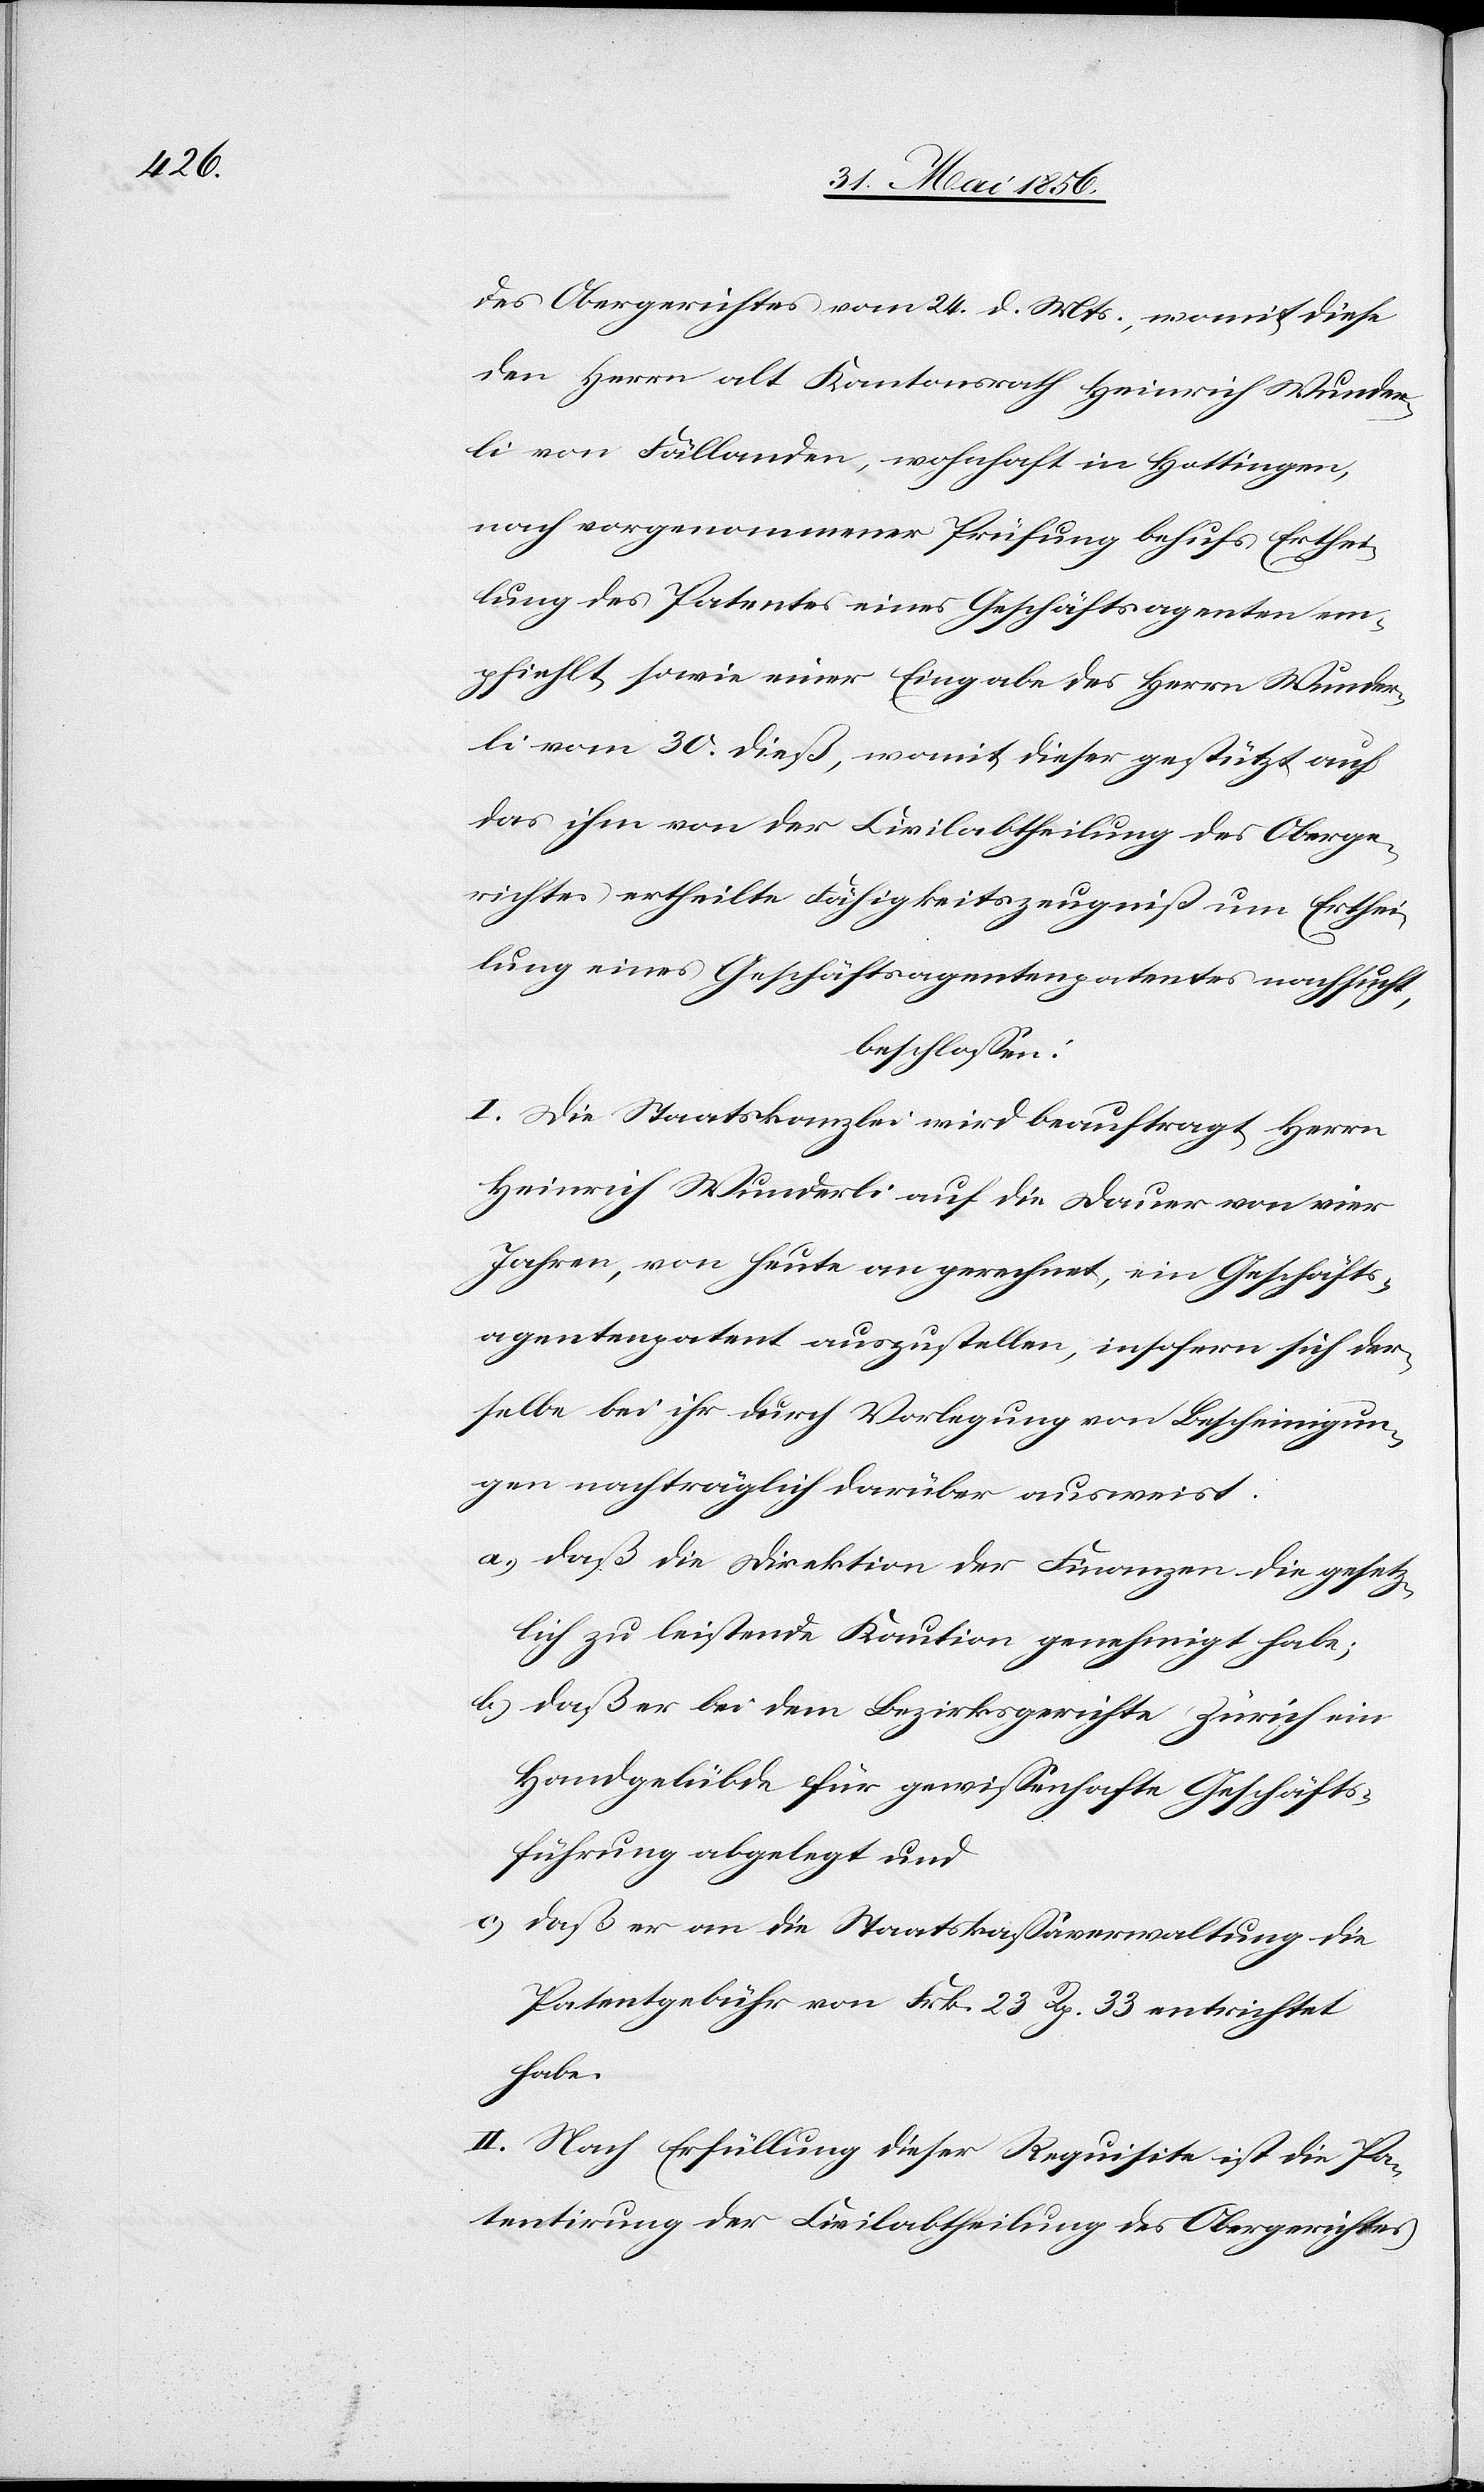
des Obergerichtes vom 24. d. Mts., womit diese
den Herrn alt Kantonsrath Heinrich Wunder¬
li von Fällanden, wohnhaft in Hottingen,
nach vorgenommener Prüfung behufs Erthei¬
lung des Patentes eines Geschäftsagenten em¬
pfiehlt, sowie einer Eingabe des Herrn Wunder¬
li vom 30. dieß, womit dieser gestützt auf
das ihm von der Civilabtheilung des Oberge¬
richtes ertheilte Fähigkeitszeugniß um Erthei¬
lung eines Geschäftsagentenpatentes nachsucht,
beschlossen:
I. Die Staatskanzlei wird beauftragt, Herrn
Heinrich Wunderli auf die Dauer von vier
Jahren, von heute an gerechnet, ein Geschäfts¬
agentenpatent auszustellen, insofern sich der¬
selbe bei ihr durch Vorlegung von Bescheinigun¬
gen nachträglich darüber ausweist:
a.) daß die Direktion der Finanzen die gesetz¬
lich zu leistende Kaution genehmigt habe;
b.) daß er bei dem Bezirksgerichte Zürich ein
Handgelübde für gewissenhafte Geschäfts¬
führung abgelegt und
c.) daß er an die Staatskassaverwaltung die
Patentgebühr von Frk. 23 Rp. 33 entrichtet
habe.
II. Nach Erfüllung dieser Requisite ist die Pa¬
tentirung der Civilabtheilung des Obergerichtes